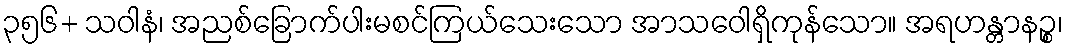
၃၅၆+ သဝါနံ၊ အညစ်ခြောက်ပါးမစင်ကြယ်သေးသော အာသဝေါရှိကုန်သော။ အရဟန္တာနဉ္စ၊